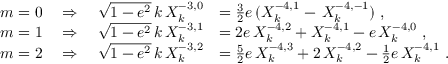
\begin{array} { r l } { m = 0 \quad \Rightarrow \quad \sqrt { 1 - e ^ { 2 } } \, k \, X _ { k } ^ { - 3 , 0 } } & { = \frac 3 2 e \, ( X _ { k } ^ { - 4 , 1 } - \, X _ { k } ^ { - 4 , - 1 } ) \ , } \\ { m = 1 \quad \Rightarrow \quad \sqrt { 1 - e ^ { 2 } } \, k \, X _ { k } ^ { - 3 , 1 } } & { = 2 e \, X _ { k } ^ { - 4 , 2 } + X _ { k } ^ { - 4 , 1 } - e \, X _ { k } ^ { - 4 , 0 } \ , } \\ { m = 2 \quad \Rightarrow \quad \sqrt { 1 - e ^ { 2 } } \, k \, X _ { k } ^ { - 3 , 2 } } & { = \frac 5 2 e \, X _ { k } ^ { - 4 , 3 } + 2 \, X _ { k } ^ { - 4 , 2 } - \frac 1 2 e \, X _ { k } ^ { - 4 , 1 } \ . } \end{array}